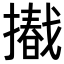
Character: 𢶩